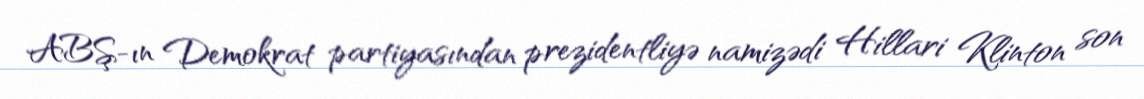
ABŞ-ın Demokrat partiyasından prezidentliyə namizədi Hillari Klinton son